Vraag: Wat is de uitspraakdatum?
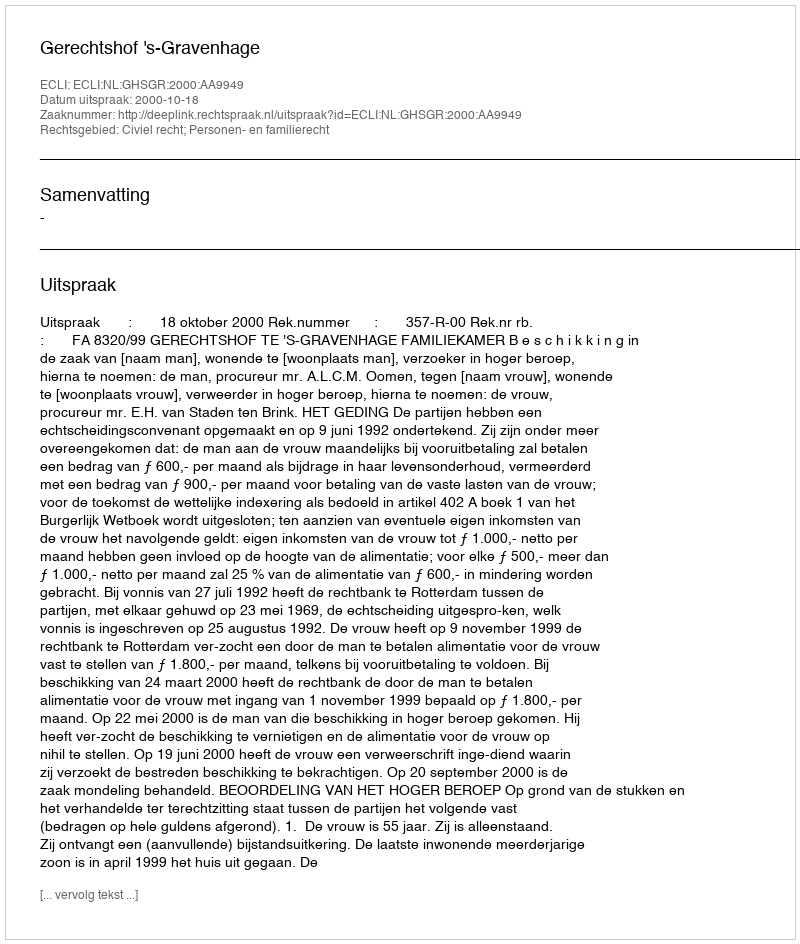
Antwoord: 2000-10-18